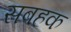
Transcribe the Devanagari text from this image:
सबहक